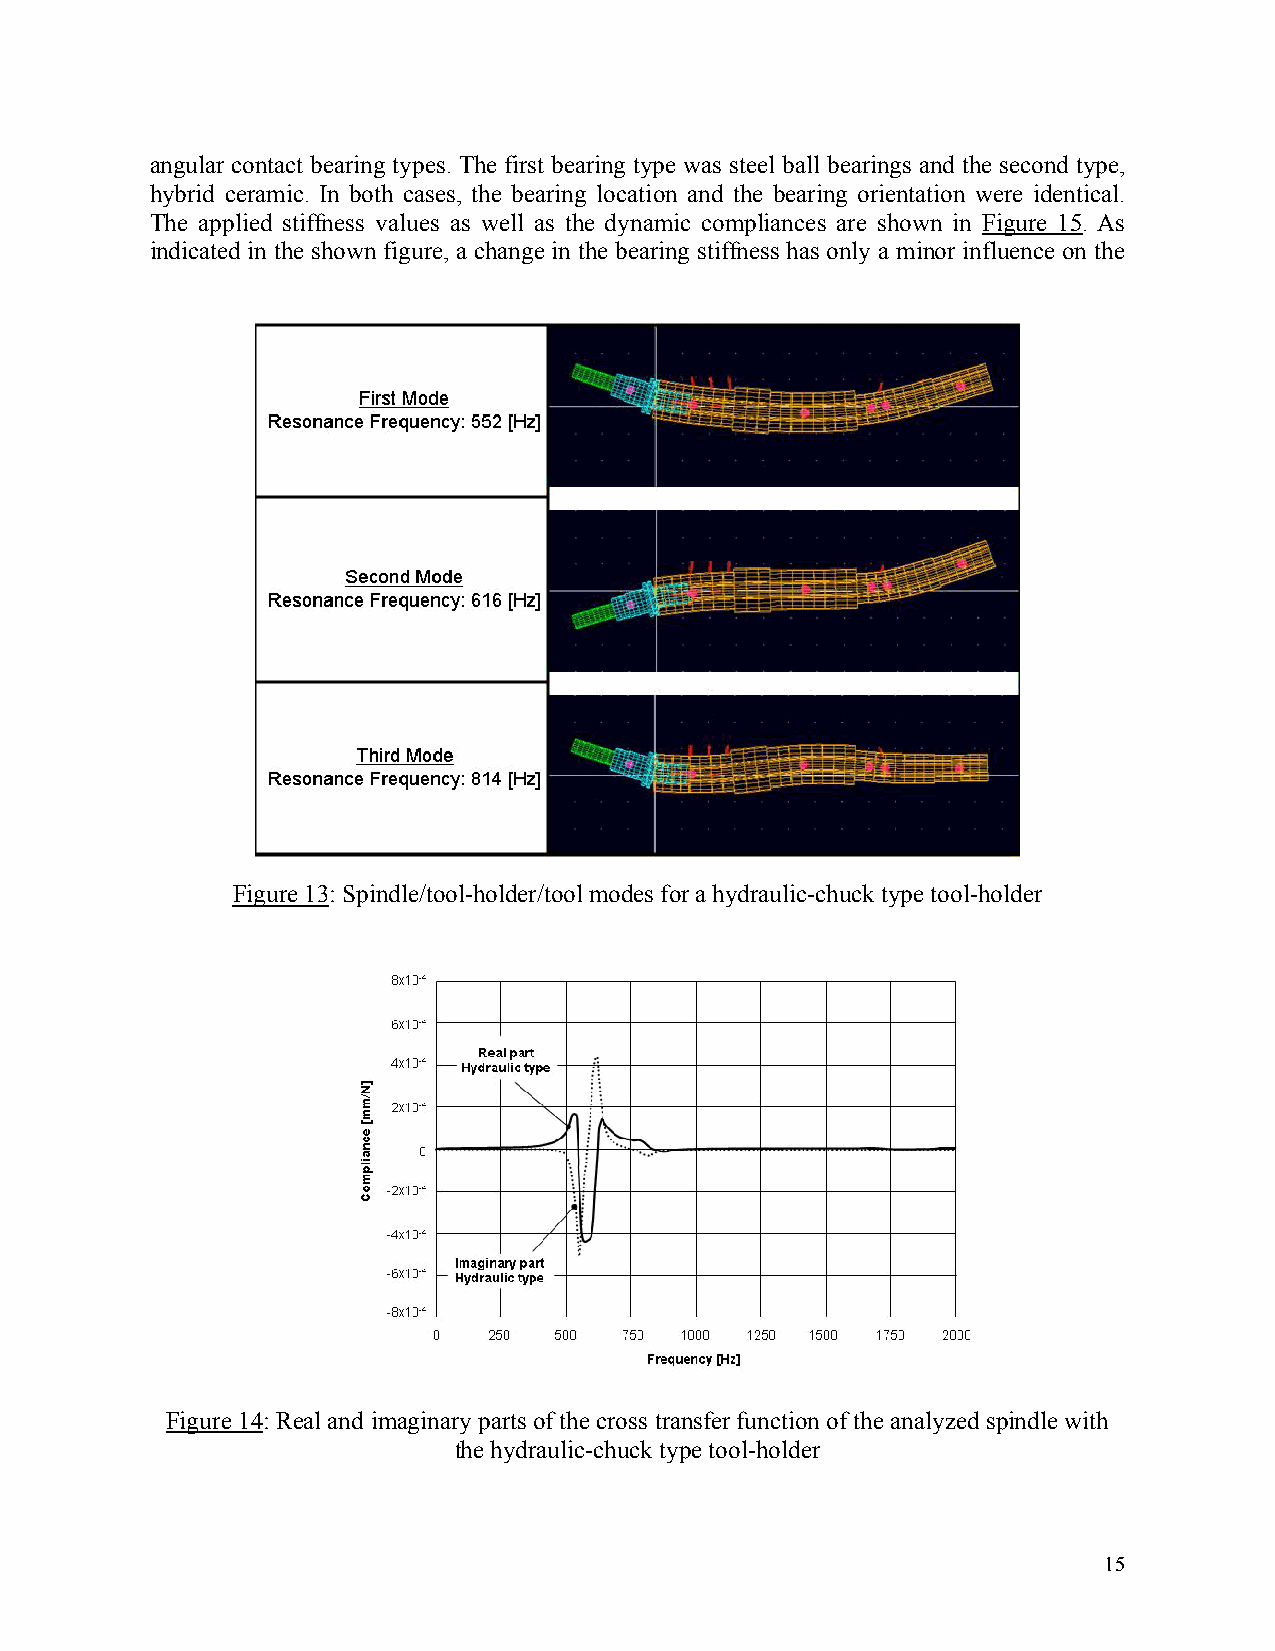
angular contact bearing types. The first bearing type was steel ball bearings and the second type,
 hybrid ceramic. In both cases, the bearing location and the bearing orientation were identical.
 The applied stiffness values as well as the dynamic compliances are shown in Figure 15. As
 indicated in the shown figure, a change in the bearing stiffness has only a minor influence on the
 Figure 13: Spindle/tool-holder/tool modes for a hydraulic-chuck type tool-holder
 Figure 14: Real and imaginary parts of the cross transfer function of the analyzed spindle with
 the hydraulic-chuck type tool-holder
 15